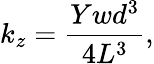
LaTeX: k_{z}=\frac{Ywd^{3}}{4L^{3}},